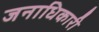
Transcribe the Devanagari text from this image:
जनाधिकारी